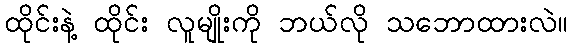
ထိုင်းနဲ့ ထိုင်း လူမျိုးကို ဘယ်လို သဘောထားလဲ။